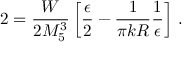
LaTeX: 2 = \frac { W } { 2 M _ { 5 } ^ { 3 } } \left[ \frac { \epsilon } { 2 } - \frac { 1 } { \pi k R } \frac { 1 } { \epsilon } \right] \, .